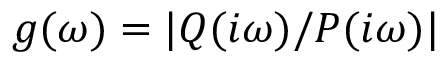
g ( \omega ) = | Q ( i \omega ) / P ( i \omega ) |